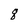
Character: q